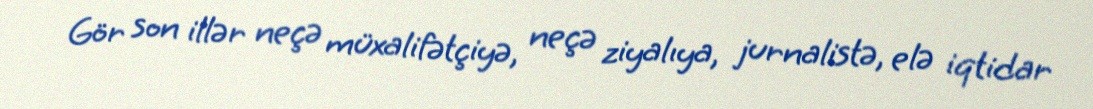
Gör son illər neçə müxalifətçiyə, neçə ziyalıya, jurnalistə, elə iqtidar